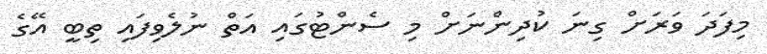
މިފަދަ ވަރަށް ގިނަ ކުދިންނަށް މި ސެންޓުގައި އަތް ނުލެވިފައި ތިބީ އޭގެ